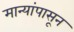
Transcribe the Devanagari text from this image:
मान्यांपासून